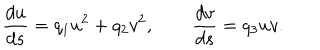
{ \frac { d u } { d s } } = q _ { 1 } u ^ { 2 } + q _ { 2 } v ^ { 2 } , \qquad { \frac { d v } { d s } } = q _ { 3 } u v .